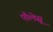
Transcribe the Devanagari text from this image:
पौलेसू